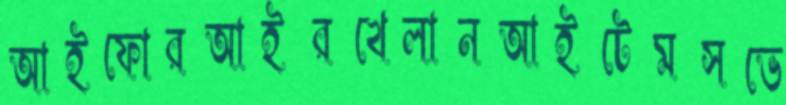
আইফোরআইরখেলানআইটেমসভে